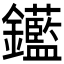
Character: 𨰗